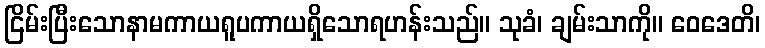
ငြိမ်းပြီးသောနာမကာယရူပကာယရှိသောရဟန်းသည်။ သုခံ၊ ချမ်းသာကို။ ဝေဒေတိ၊